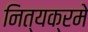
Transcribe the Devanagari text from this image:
नित्यक्रमे